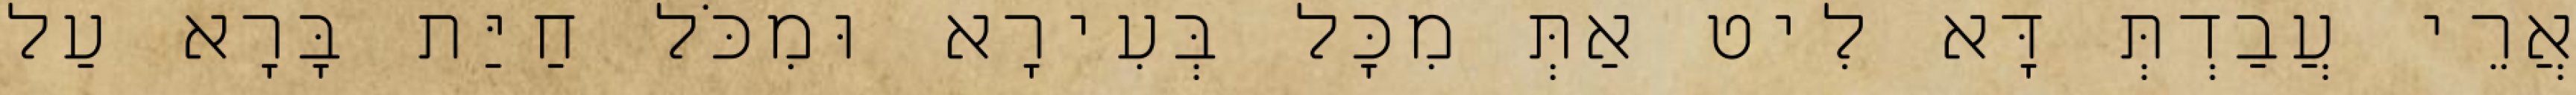
אֲרֵי עֲבַדְתְּ דָּא לִיט אַתְּ מִכָּל בְּעִירָא וּמִכֹּל חַיַּת בָּרָא עַל